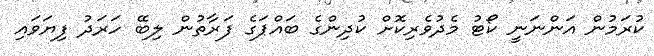
ކުރަމުން އަންނަނީ ކޯޓު މެދުވެރިކޮށް ކުދިންގެ ބައްޕަގެ ފަރާތުން ލިބޭ ހަރަދު ފިޔަވައި